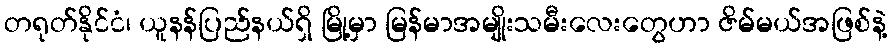
တရုတ်နိုင်ငံ၊ ယူနန်ပြည်နယ်ရှိ မြို့မှာ မြန်မာအမျိုးသမီးလေးတွေဟာ ဇိမ်မယ်အဖြစ်နဲ့